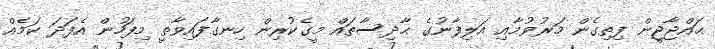
ޙައްޖާޖީން ފިތިގެން މަރުވުމާއި އަލިފާނުގެ ޙާދިސާތައް މީގެކުރިން ހިނގާފައިވާތީ މިފަހުން އެފަދަ ކަމެއް